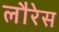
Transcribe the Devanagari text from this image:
लौरेस